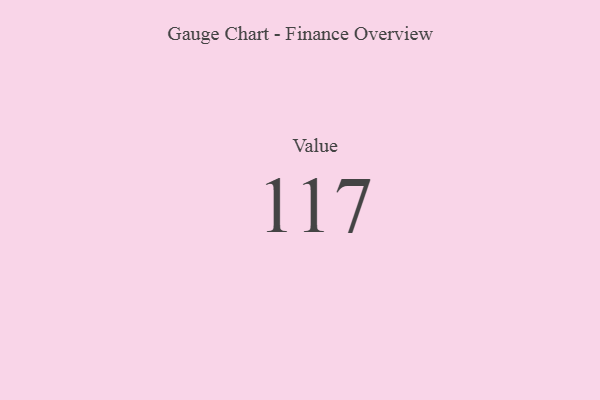
{"axis": {"x": "Metric", "y": "Value"}, "legend": [""], "data": [{"x": "Value", "y": 117, "type": ""}]}